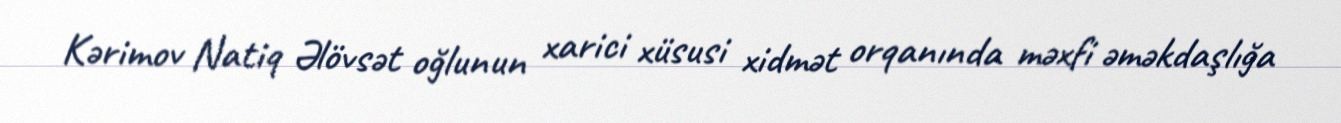
Kərimov Natiq Əlövsət oğlunun xarici xüsusi xidmət orqanında məxfi əməkdaşlığa